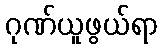
ဂုဏ်ယူဖွယ်ရာ